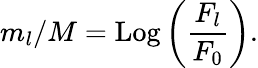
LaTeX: m_{l}/M=\mathrm{Log}\left(\frac{F_{l}}{F_{0}}\right).